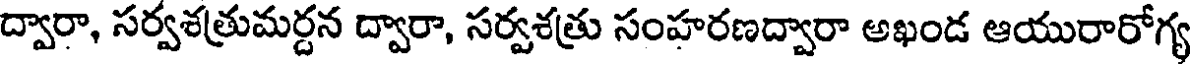
ద్వారా, సర్వశత్రుమర్దన ద్వారా, సర్వశత్రు సంహరణద్వారా అఖండ ఆయురారోగ్య